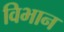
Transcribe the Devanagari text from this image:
विभान